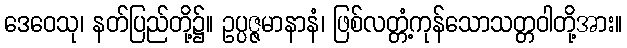
ဒေဝေသု၊ နတ်ပြည်တို့၌။ ဥပ္ပဇ္ဇမာနာနံ၊ ဖြစ်လတ္တံ့ကုန်သောသတ္တဝါတို့အား။